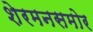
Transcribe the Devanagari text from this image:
शेरमनसमोर